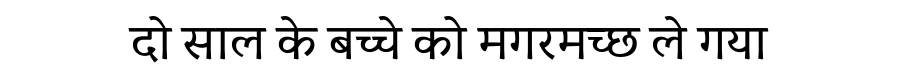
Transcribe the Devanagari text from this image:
दो साल के बच्चे को मगरमच्छ ले गया